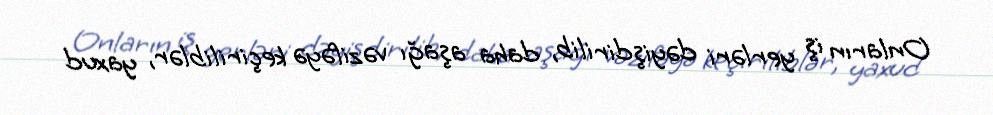
Onların iş yerləri dəyişdirilib, daha aşağı vəzifəyə keçiriliblər, yaxud